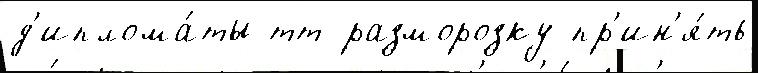
д'иплома́ты тт разморозку пр'ин'я́ть